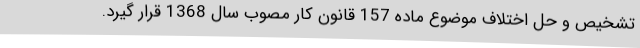
تشخیص و حل اختلاف موضوع ماده 157 قانون کار مصوب سال 1368 قرار گیرد.